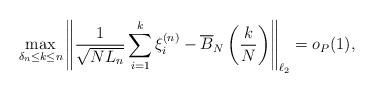
LaTeX: \begin{align*} \max_{\delta_n \le k \le n} \left\| \frac{1}{\sqrt{N L_n}} \sum_{i=1}^k \xi_i^{(n)} - \overline{B}_N\left( \frac{k}{N} \right) \right\|_{\ell_2} = o_P(1), \end{align*}